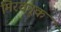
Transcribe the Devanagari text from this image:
मिरवनूक